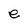
Character: e